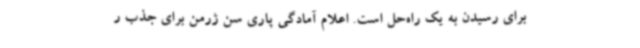
برای رسیدن به یک راه‌حل است. اعلام آمادگی پاری سن ژرمن برای جذب ر